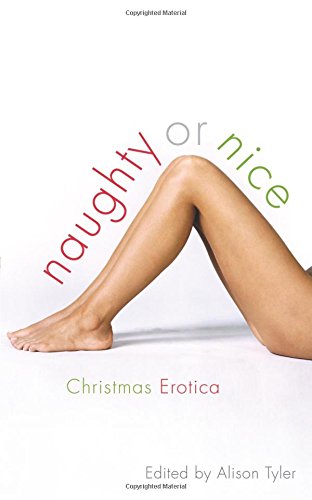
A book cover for Naughty or Nice: Christmas Erotica Stories; Romance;